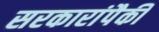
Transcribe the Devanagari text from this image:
सरकारांपैकी